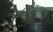
વિહારીલાલજી